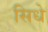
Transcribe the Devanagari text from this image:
सिधे